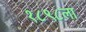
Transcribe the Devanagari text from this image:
१८९८ला